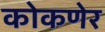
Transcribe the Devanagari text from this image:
कोकणेर